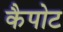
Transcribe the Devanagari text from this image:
कैपोट